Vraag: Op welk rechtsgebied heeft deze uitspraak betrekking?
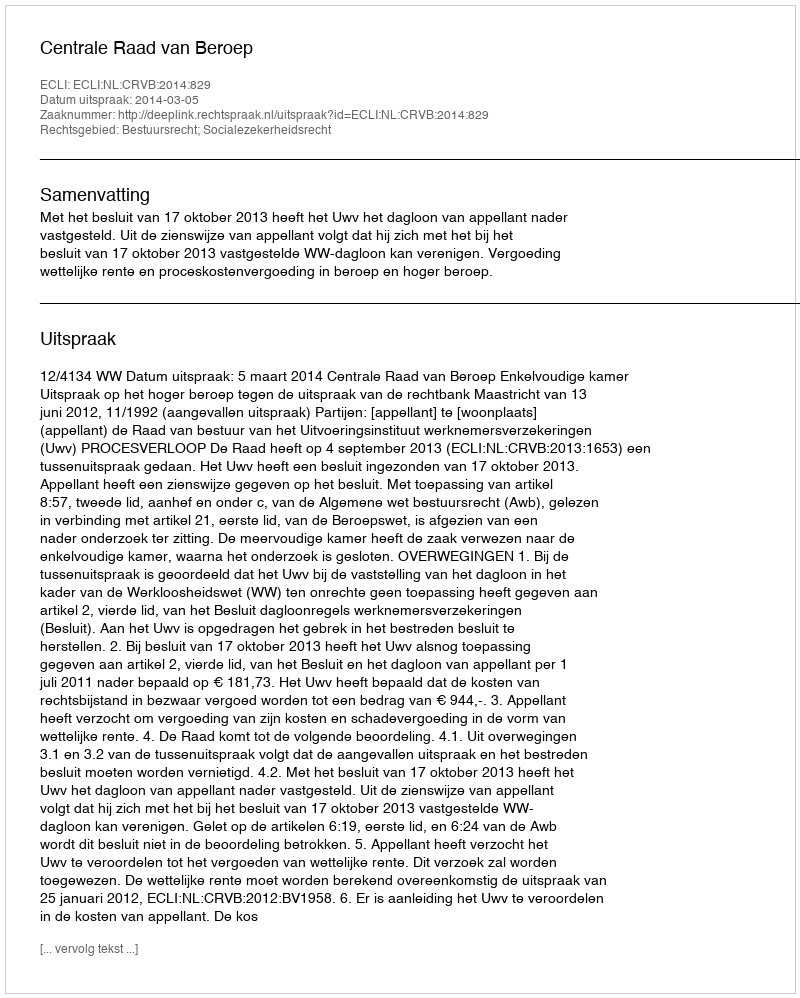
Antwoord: Bestuursrecht; Socialezekerheidsrecht